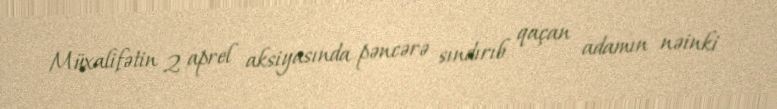
Müxalifətin 2 aprel aksiyasında pəncərə sındırıb qaçan adamın nəinki